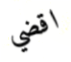
اقضي